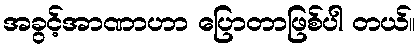
အခွင့်အာဏာဟာ ပြောတာဖြစ်ပါ တယ်။